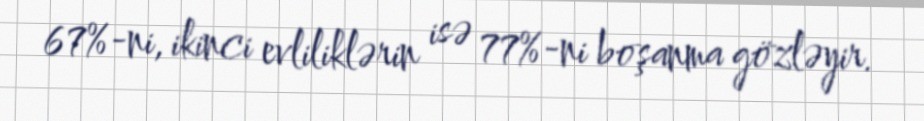
67%-ni, ikinci evliliklərin isə 77%-ni boşanma gözləyir.